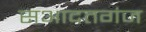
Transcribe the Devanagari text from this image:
सआदतगंज